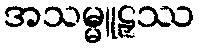
အသမ္မူဠှဿ